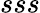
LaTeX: sss